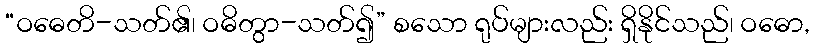
“ဝဓေတိ-သတ်၏၊ ဝဓိတွာ-သတ်၍” စသော ရုပ်များလည်း ရှိနိုင်သည်၊ ဝဓော,